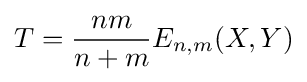
T={\frac {nm}{n+m}}E_{n,m}(X,Y)